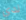
لدي